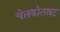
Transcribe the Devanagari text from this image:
चेलकोलाइट